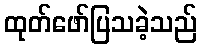
ထုတ်ဖော်ပြသခဲ့သည်